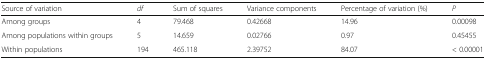
<table><thead><tr><td><b>Source of variation</b></td><td><b><i>df</i></b></td><td><b>Sum of squares</b></td><td><b>Variance components</b></td><td><b>Percentage of variation (%)</b></td><td><b><i>P</i></b></td></tr></thead><tbody><tr><td>Among groups</td><td>4</td><td>79.468</td><td>0.42668</td><td>14.96</td><td>0.00098</td></tr><tr><td>Among populations within groups</td><td>5</td><td>14.659</td><td>0.02766</td><td>0.97</td><td>0.45455</td></tr><tr><td>Within populations</td><td>194</td><td>465.118</td><td>2.39752</td><td>84.07</td><td>&lt; 0.00001</td></tr></tbody></table>